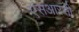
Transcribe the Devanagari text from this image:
एसआरसी